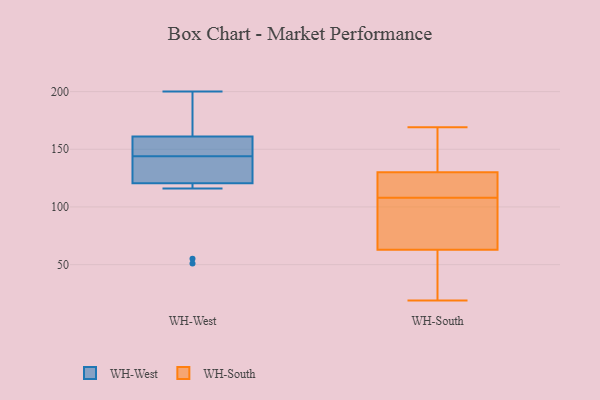
{"axis": {"x": "Market Share (%)", "y": "Value"}, "legend": ["WH-South", "WH-West"], "data": [{"x": "", "y": 55, "type": "WH-West"}, {"x": "", "y": 200, "type": "WH-West"}, {"x": "", "y": 51, "type": "WH-West"}, {"x": "", "y": 135, "type": "WH-West"}, {"x": "", "y": 169, "type": "WH-West"}, {"x": "", "y": 116, "type": "WH-West"}, {"x": "", "y": 166, "type": "WH-West"}, {"x": "", "y": 153, "type": "WH-West"}, {"x": "", "y": 125, "type": "WH-West"}, {"x": "", "y": 127, "type": "WH-West"}, {"x": "", "y": 156, "type": "WH-West"}, {"x": "", "y": 154, "type": "WH-West"}, {"x": "", "y": 74, "type": "WH-South"}, {"x": "", "y": 119, "type": "WH-South"}, {"x": "", "y": 169, "type": "WH-South"}, {"x": "", "y": 132, "type": "WH-South"}, {"x": "", "y": 98, "type": "WH-South"}, {"x": "", "y": 115, "type": "WH-South"}, {"x": "", "y": 104, "type": "WH-South"}, {"x": "", "y": 47, "type": "WH-South"}, {"x": "", "y": 19, "type": "WH-South"}, {"x": "", "y": 155, "type": "WH-South"}, {"x": "", "y": 63, "type": "WH-South"}, {"x": "", "y": 130, "type": "WH-South"}, {"x": "", "y": 112, "type": "WH-South"}, {"x": "", "y": 47, "type": "WH-South"}]}